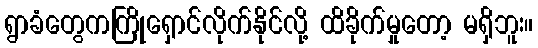
ရွာခံတွေကကြိုရှောင်လိုက်နိုင်လို့ ထိခိုက်မှုတော့ မရှိဘူး။